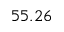
5 5 . 2 6